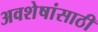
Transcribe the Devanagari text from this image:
अवशेषांसाठी